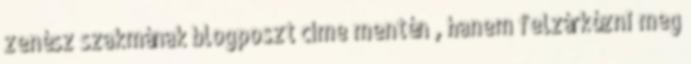
zenész szakmának blogposzt címe mentén , hanem felzárkózni meg